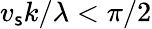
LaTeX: v_{\mathsf{s}}k/\lambda<\pi/2